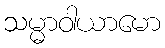
သမ္မာဝါယာမော